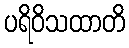
ပရိဝိသထာတိ